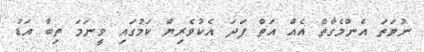
ނުވަތަ އެންމެގާތް އެއް އަތް ފަދަ އެކުވެރިޔާ ކަމުގައި ވީނަމަ ތިބާ އަޑު